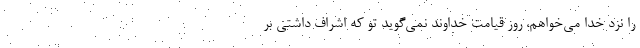
را نزد خدا می‌خواهم، روز قیامت خداوند نمی‌گوید تو که اشراف داشتی بر